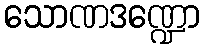
သောဏဒဏ္ဍော